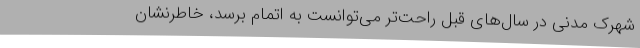
شهرک مدنی در سال‌های قبل راحت‌تر می‌توانست به اتمام برسد، خاطرنشان